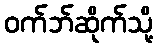
ဝက်ဘ်ဆိုက်သို့